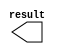
module lpm_constant1 (
	result);

	output	[1:0]  result;

endmodule